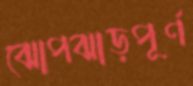
ঝোপঝাড়পূর্ণ